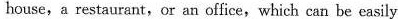
house,a restaurant,or an office,which can be easily